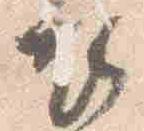
衣